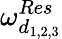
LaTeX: \omega_{d_{1,2,3}}^{Res}